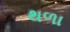
થળા